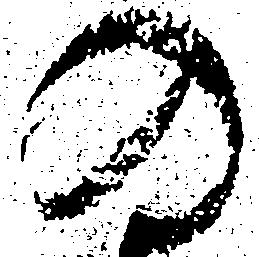
の